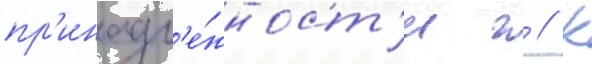
пр'инадл'е́жност'и г // К